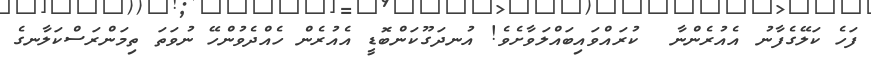
ފަހެ ކަލޭގެފާނު އެއުރެންނާ  ކުރައްވައިބައްލަވާށެވެ! އުނދަގޫކަންބޮޑީ އެއުރެން ހެއްދެވުންހޭ ނުވަތަ ތިމަންރަސްކަލާނގެ